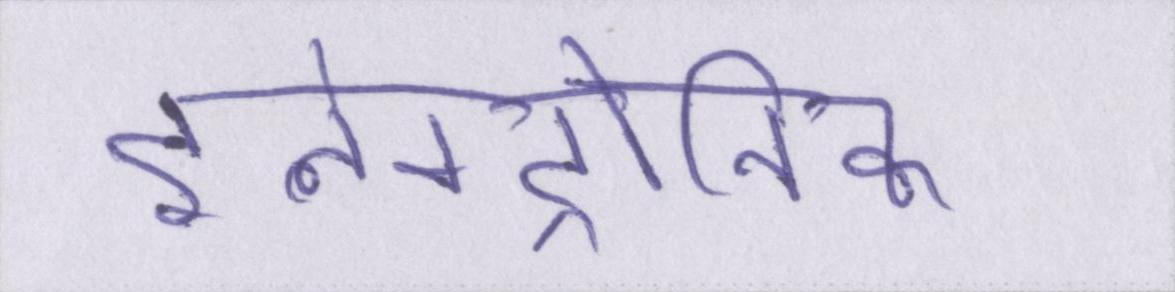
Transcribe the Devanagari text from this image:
इलेक्ट्रोनिक